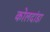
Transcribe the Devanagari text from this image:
कोलदांडा